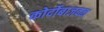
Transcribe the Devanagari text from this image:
कोर्दोबाजवळ